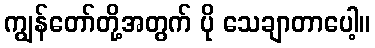
ကျွန်တော်တို့အတွက် ပို သေချာတာပေါ့။